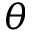
\theta